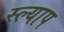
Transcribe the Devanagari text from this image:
स्ल्याप